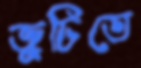
জুটিতে